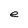
Character: e